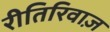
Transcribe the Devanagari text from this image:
रीतिरिवाज़